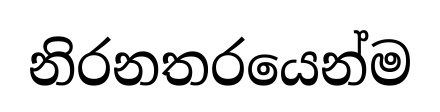
නිරනතරයෙන්ම